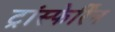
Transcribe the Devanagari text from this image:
ट्रांस्फेर्रिन